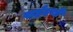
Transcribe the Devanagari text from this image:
सईदची